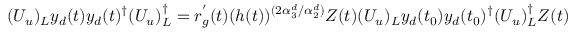
( U _ { u } ) _ { L } y _ { d } ( t ) y _ { d } ( t ) ^ { \dagger } ( U _ { u } ) _ { L } ^ { \dagger } = r _ { g } ^ { ' } ( t ) ( h ( t ) ) ^ { ( 2 \alpha _ { 3 } ^ { d } / \alpha _ { 2 } ^ { d } ) } Z ( t ) ( U _ { u } ) _ { L } y _ { d } ( t _ { 0 } ) y _ { d } ( t _ { 0 } ) ^ { \dagger } ( U _ { u } ) _ { L } ^ { \dagger } Z ( t )